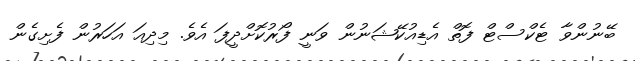
ބޭނުންވާ ޓެކްސްޓް ފޮތް އެޑިއުކޭޝަނުން ވަނީ ފޯރުކޮށްދީފަ އެވެ. މިދިއަ އަހަރުން ފެށިގެން